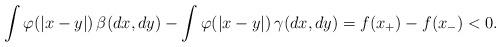
LaTeX: \begin{align*}\int \varphi(\vert x-y\vert) \,\beta(dx,dy) - \int \varphi(\vert x-y\vert) \,\gamma(dx,dy)= f(x_+)-f(x_-)<0.\end{align*}